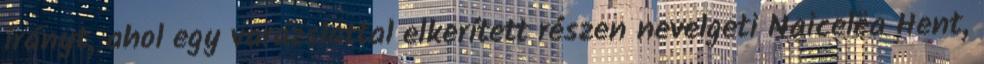
irányt, ahol egy varázslattal elkerített részen nevelgeti Naicelëa Hent,